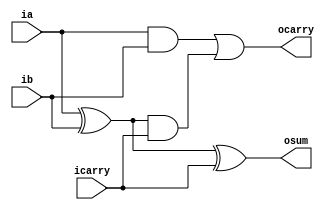
`timescale 1ns / 1ps


module full_adder(
    input wire ia, ib, icarry,
    output wire osum, ocarry
    );

    assign osum = (ia ^ ib) ^ icarry;
    assign ocarry = ia & ib | (ia ^ ib) & icarry;

endmodule